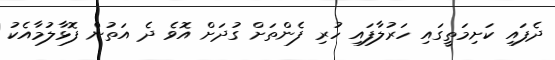
ދެފައި ކަށިމަތީގައި ހަރުލާފައި ހުރި ފެންތަށް ގުދަށް އޮވެ ދެ އަތުން ފޮޅާލުމާއެކު